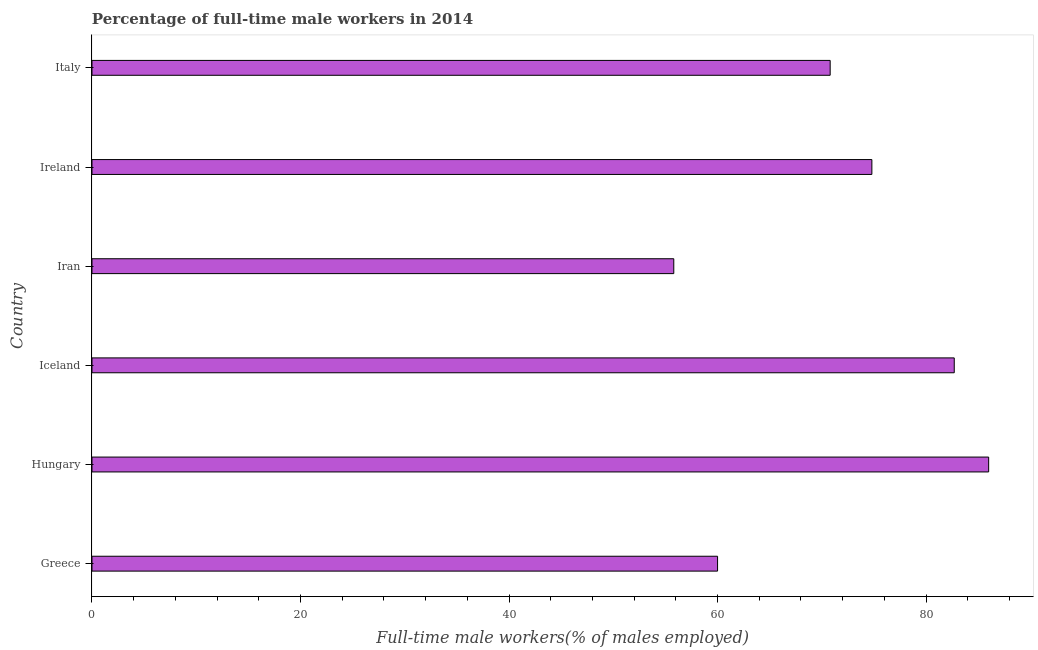
| Country | Wage and salary workers |
 | --- | --- |
 | Greece | 60 |
 | Hungary | 86 |
 | Iceland | 82.7 |
 | Iran | 55.8 |
 | Ireland | 74.8 |
 | Italy | 70.8 |